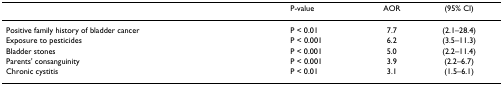
<table><thead><tr><td></td><td><b>P-value</b></td><td><b>AOR</b></td><td><b>(95% CI)</b></td></tr></thead><tbody><tr><td>Positive family history of bladder cancer</td><td>P &lt; 0.01</td><td>7.7</td><td>(2.1–28.4)</td></tr><tr><td>Exposure to pesticides</td><td>P &lt; 0.001</td><td>6.2</td><td>(3.5–11.3)</td></tr><tr><td>Bladder stones</td><td>P &lt; 0.001</td><td>5.0</td><td>(2.2–11.4)</td></tr><tr><td>Parents&#x27; consanguinity</td><td>P &lt; 0.001</td><td>3.9</td><td>(2.2–6.7)</td></tr><tr><td>Chronic cystitis</td><td>P &lt; 0.01</td><td>3.1</td><td>(1.5–6.1)</td></tr></tbody></table>